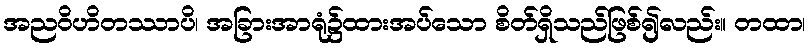
အညဝိဟိတဿာပိ၊ အခြားအာရုံ၌ထားအပ်သော စိတ်ရှိသည်ဖြစ်၍လည်း။ တထာ၊